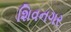
શિવનગર